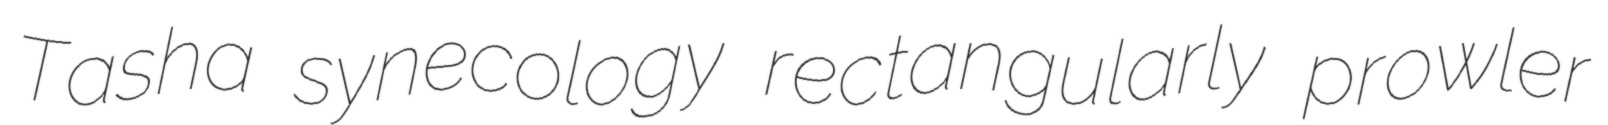
Tasha synecology rectangularly prowler